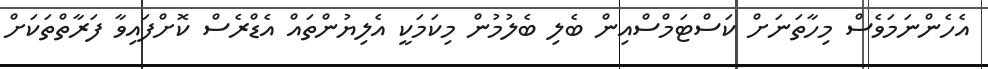
އެހެންނަމަވެސް މިހާތަނަށް ކަސްޓަމްސްއިން ބެލި ބެލުމުން މިކަމަކީ އެލިޔުންތައް އެޑްރެސް ކޮށްފައިވާ ފަރާތްތަކަށް